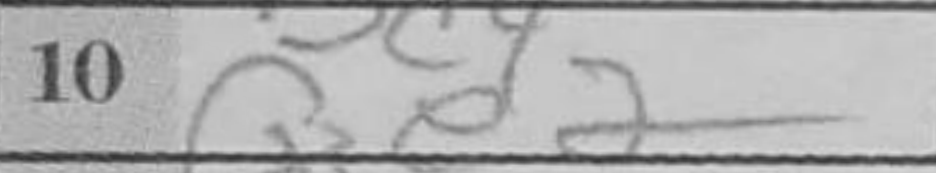
Transcription: Qe2